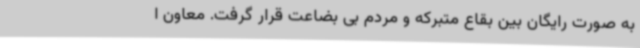
به صورت رایگان بین بقاع متبرکه و مردم بی بضاعت قرار گرفت. معاون ا